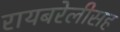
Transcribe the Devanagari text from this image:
रायबरेलीसह